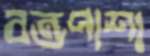
বন্ডপাশা